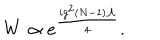
LaTeX: W \propto e ^ { \frac { i g ^ { 2 } ( N - 1 ) { \cal A } } { 4 } } .